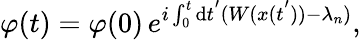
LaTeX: \varphi(t)=\varphi(0)\, e^{i\int_{0}^{t}\mathrm{d}t^{'}(W(x(t^{'}))-\lambda_{n})},